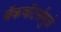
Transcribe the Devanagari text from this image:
बॅकवॉटर्समुळे